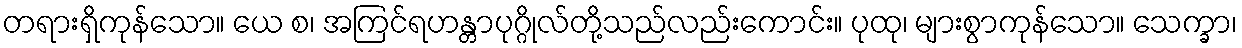
တရားရှိကုန်သော။ ယေ စ၊ အကြင်ရဟန္တာပုဂ္ဂိုလ်တို့သည်လည်းကောင်း။ ပုထု၊ များစွာကုန်သော။ သေက္ခာ၊